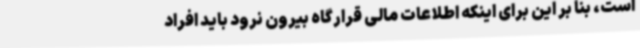
است، بنا بر این برای اینکه اطلاعات مالی قرارگاه بیرون نرود باید افراد